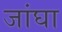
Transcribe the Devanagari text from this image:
जांघा